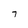
Character: 7